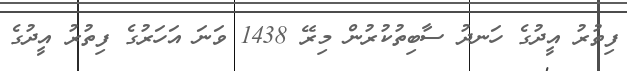
ފިތުރު އީދުގެ ހަނދު ސާބިތުކުރުން މިރޭ 1438 ވަނަ އަހަރުގެ ފިތުރު އީދުގެ